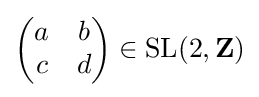
{\begin{pmatrix}a&b\\c&d\end{pmatrix}}\in {\text{SL}}(2,\mathbf {Z} )